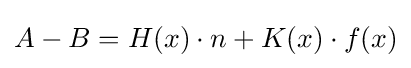
A-B=H(x)\cdot n+K(x)\cdot f(x)